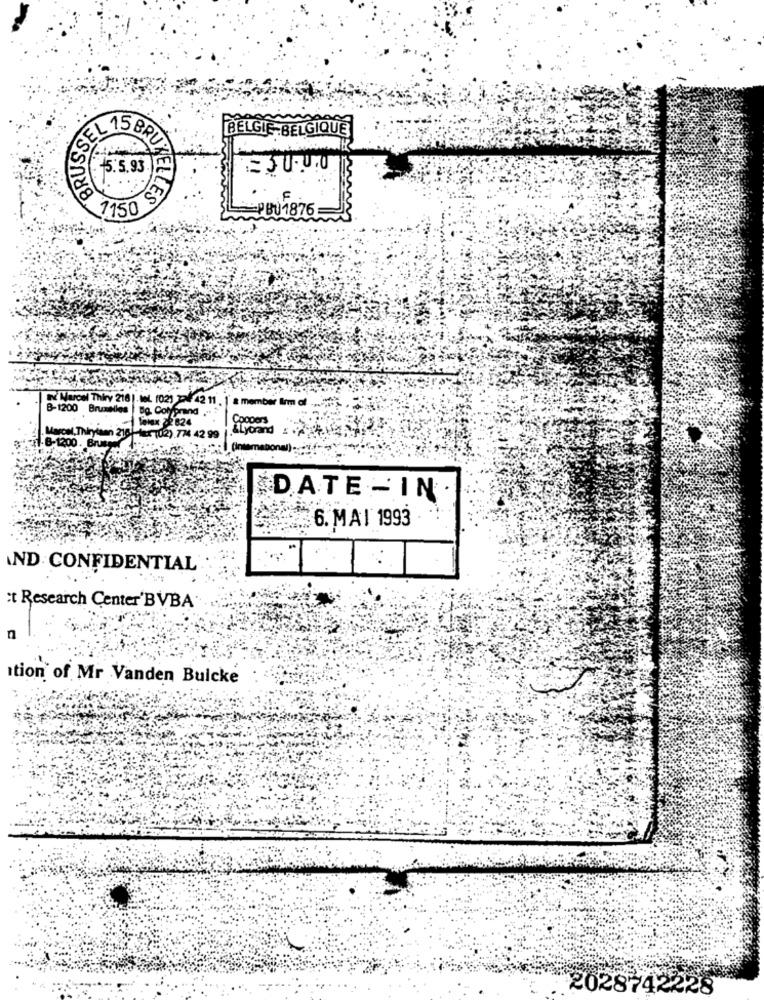
BELGIE-BELGIQUE
BRUSS
. 5.5.93.
2150 53)
PBU1876
I'Marcel Thiry 218|-tel. (02) 2- 42 11 . |' a member firm of
B-1200 Bruxelles Bg. Colyprand ."
lelex 22 824
Coopers
LLyorand
Marcel,Thirylaan 216 der (02) 774 42 99
.B-1200. Brusge
DATE - IN
6. MAI 1993
AND CONFIDENTIAL
et Research Center'BVBA
Ition of Mr Vanden Bulcke
2028742228